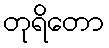
တုရိတော